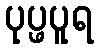
ပုပ္ဖပူရ